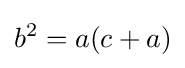
b^{2}=a(c+a)